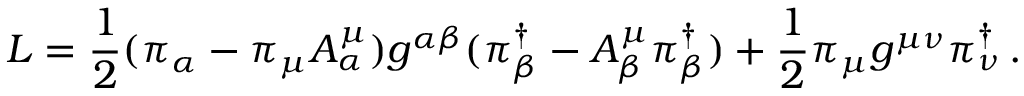
L = \frac { 1 } { 2 } ( \pi _ { \alpha } - \pi _ { \mu } A _ { \alpha } ^ { \mu } ) g ^ { \alpha \beta } ( \pi _ { \beta } ^ { \dag } - A _ { \beta } ^ { \mu } \pi _ { \beta } ^ { \dag } ) + \frac { 1 } { 2 } \pi _ { \mu } g ^ { \mu \nu } \pi _ { \nu } ^ { \dag } \, .